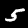
Label: 5